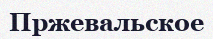
Пржевальское